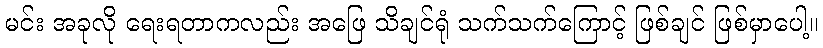
မင်း အခုလို ရေးရတာကလည်း အဖြေ သိချင်ရုံ သက်သက်ကြောင့် ဖြစ်ချင် ဖြစ်မှာပေါ့။